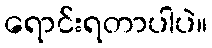
ရောင်းရတာပါပဲ။